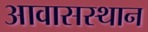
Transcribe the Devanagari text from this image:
आवासस्थान